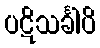
ပဋိသင်္ခါပိ